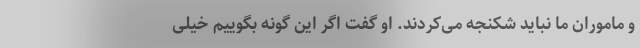
و ماموران ما نباید شکنجه می‌کردند. او گفت اگر این گونه بگوییم خیلی